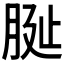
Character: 𦚺